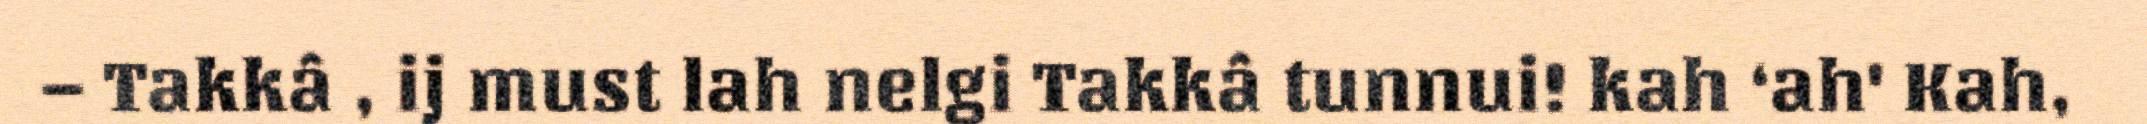
– Takkâ , ij must lah nelgi Takkâ tunnui! kah ‘ah' Kah,